Report of veterinary surgeon J.H. Steel, A.V.D., on his investigation into an obscure and fatal disease among transport mules in British Burma
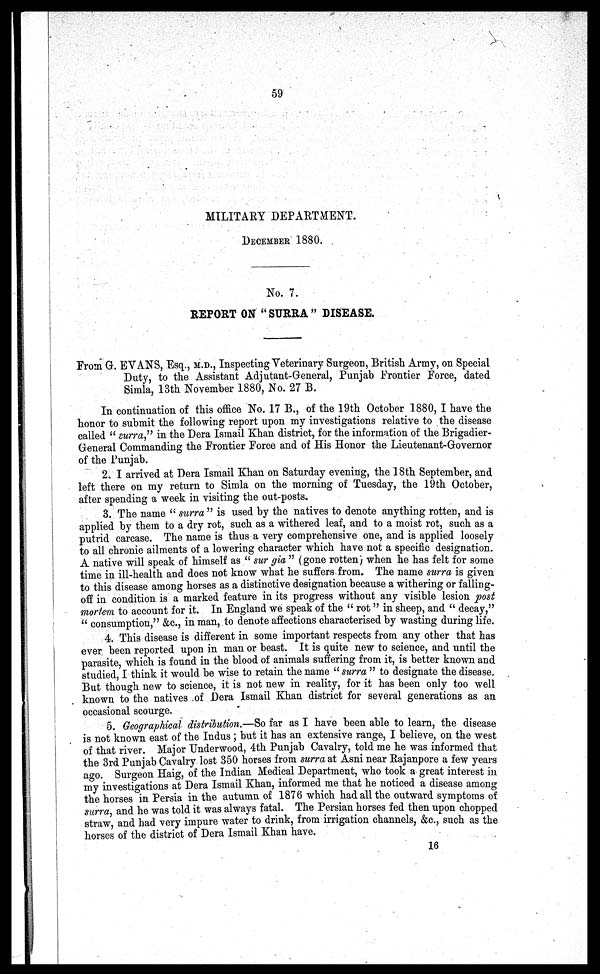
59
MILITARY DEPARTMENT.
DECEMBER 1880.
No. 7.
REPORT ON "SURRA" DISEASE.
From G. EVANS, Esq.,M.D., Inspecting Veterinary Surgeon, British Army, on Special
Duty, to the Assistant Adjutant-General, Punjab Frontier Force, dated
Simla, 13th November 1880, No. 27 B.
In continuation of this office No. 17 B., of the 19th October 1880, I have the
honor to submit the following report upon my investigations relative to the disease
called " surra," in the Dera Ismail Khan district, for the information of the Brigadier-
General Commanding the Frontier Force and of His Honor the Lieutenant-Governor
of the Punjab.
2. I arrived at Dera Ismail Khan on Saturday evening, the 18th September, and
left there on my return to Simla on the morning of Tuesday, the 19th October
after spending a week in visiting the out-posts.
3. The name " surra " is used by the natives to denote anything rotten, and is
applied by them to a dry rot, such as a withered leaf, and to a moist rot, such as a
putrid carcase. The name is thus a very comprehensive one, and is applied loosely
to all chronic ailments of a lowering character which have not a specific designation.
A native will speak of himself as " sur gia " (gone rotten) when he has felt for some
time in ill-health and does not know what he suffers from. The name surra is given
to this disease among horses as a distinctive designation because a withering or falling-
off in condition is a marked feature in its progress without any visible lesion post
mortem to account for it. In England we speak of the " rot " in sheep, and " decay,"
" consumption," &c., in man, to denote affections characterised by wasting during life.
4. This disease is different in some important respects from any other that has
ever been reported upon in man or beast. It is quite new to science, and until the
parasite, which is found in the blood of animals suffering from it, is better known and
studied, I think it would be wise to retain the name " surra " to designate the disease.
But though new to science, it is not new in reality, for it has been only too well
known to the natives of Dera Ismail Khan district for several generations as an
occasional scourge.
5. Geographical distribution.—So far as I have been able to learn, the disease
is not known east of the Indus ; but it has an extensive range, I believe, on the west
of that river. Major Underwood, 4th Punjab Cavalry, told me he was informed that
the 3rd Punjab Cavalry lost 350 horses from surra at Asni near Rajanpore a few years
ago. Surgeon Haig, of the Indian Medical Department, who took a great interest in
my investigations at Dera Ismail Khan, informed me that he noticed a disease among
the horses in Persia in the autumn of 1876 which had all the outward symptoms of
surra, and he was told it was always fatal. The Persian horses fed then upon chopped
straw, and had very impure water to drink, from irrigation channels, &c., such as the
horses of the district of Dera Ismail Khan have.
16